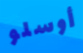
أوسلو